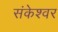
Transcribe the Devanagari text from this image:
संकेश्‍वर